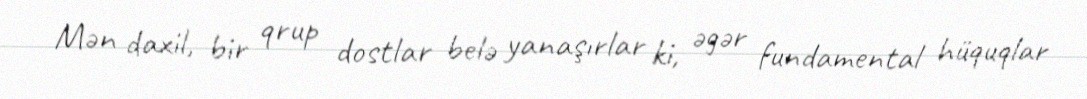
Mən daxil, bir qrup dostlar belə yanaşırlar ki, əgər fundamental hüquqlar